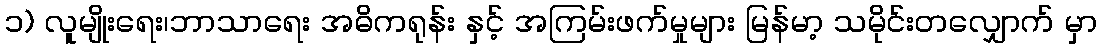
၁) လူမျိုးရေး၊ဘာသာရေး အဓိကရုန်း နှင့် အကြမ်းဖက်မှုများ မြန်မာ့ သမိုင်းတလျှောက် မှာ